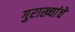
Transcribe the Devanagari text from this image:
गुराख्यांचे